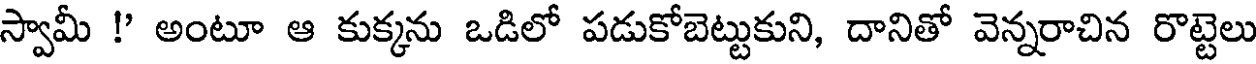
స్వామీ !' అంటూ ఆ కుక్కను ఒడిలో పడుకోబెట్టుకుని, దానితో వెన్నరాచిన రొట్టెలు